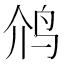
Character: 𮭡